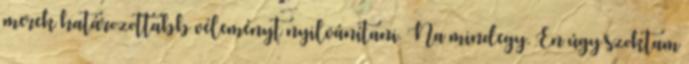
merek határozottabb véleményt nyilvánítani. Na mindegy. Én úgy szoktam